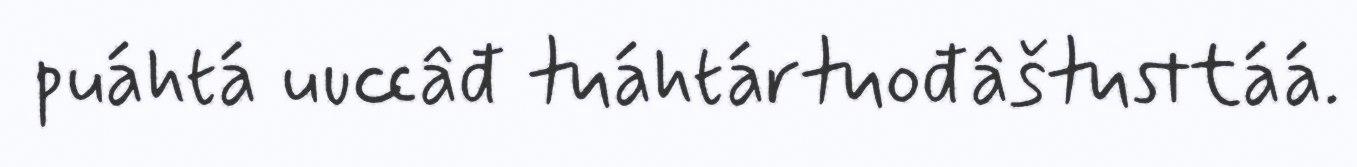
puáhtá uuccâđ tuáhtártuođâštusttáá.